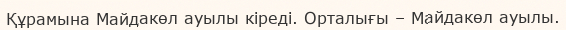
Құрамына Майдакөл ауылы кіреді. Орталығы – Майдакөл ауылы.